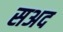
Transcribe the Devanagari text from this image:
सअद